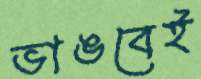
ভাঙবেই